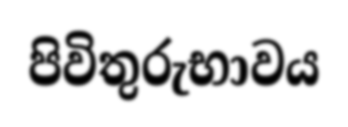
පිවිතුරුභාවය